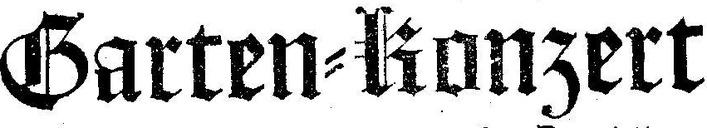
Garten=Konzert